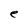
Character: e